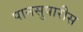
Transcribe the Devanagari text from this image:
पानसुपारीस